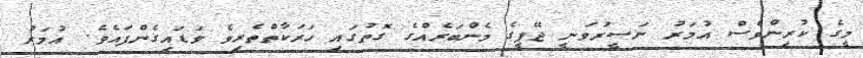
މީގެ ކުރިންވެސް އުމަރު ނަސީރުވަނީ ޖޭޕީގެ މެންބަރެއްގެ ގޮތުގައި ހަރަކާތްތެރިވެ ވަޑައިގެންފައެވެ. އުމަރު